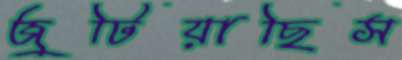
জুটিয়াছিস